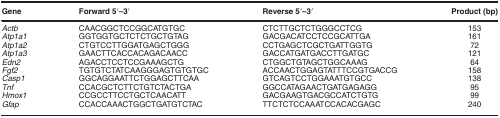
| Gene | Forward 5′–3′ | Reverse 5′–3′ | Product (bp) |
 | --- | --- | --- | --- |
 | Actb | CAACGGCTCCGGCATGTGC | CTCTTGCTCTGGGCCTCG | 153 |
 | Atp1a1 | GGTGGTGCTCTCTGCTGTAG | GACGACATCCTCCGCATTGA | 161 |
 | Atp1a2 | CTGTCCTTGGATGAGCTGGG | CCTGAGCTCGCTGATTGGTG | 72 |
 | Atp1a3 | GAACTTCACCACAGACAACC | GACCATGATGACCTTGATGC | 121 |
 | Edn2 | AGACCTCCTCCGAAAGCTG | CTGGCTGTAGCTGGCAAAG | 64 |
 | Fgf2 | TGTGTCTATCAAGGGAGTGTGTGC | ACCAACTGGAGTATTTCCGTGACCG | 158 |
 | Casp1 | GGCAGGAATTCTGGAGCTTCAA | GTCAGTCCTGGAAATGTGCC | 138 |
 | Tnf | CCACGCTCTTCTGTCTACTGA | GGCCATAGAACTGATGAGAGG | 95 |
 | Hmox1 | CCGCCTTCCTGCTCAACATT | GACGAAGTGACGCCATCTGTG | 99 |
 | Gfap | CCACCAAACTGGCTGATGTCTAC | TTCTCTCCAAATCCACACGAGC | 240 |